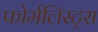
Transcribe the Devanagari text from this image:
फोर्मलिस्ट्स